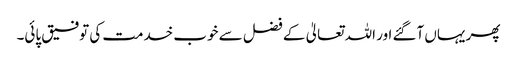
پھر یہاں آگئے اور اللہ تعالیٰ کے فضل سے خوب خدمت کی توفیق پائی۔